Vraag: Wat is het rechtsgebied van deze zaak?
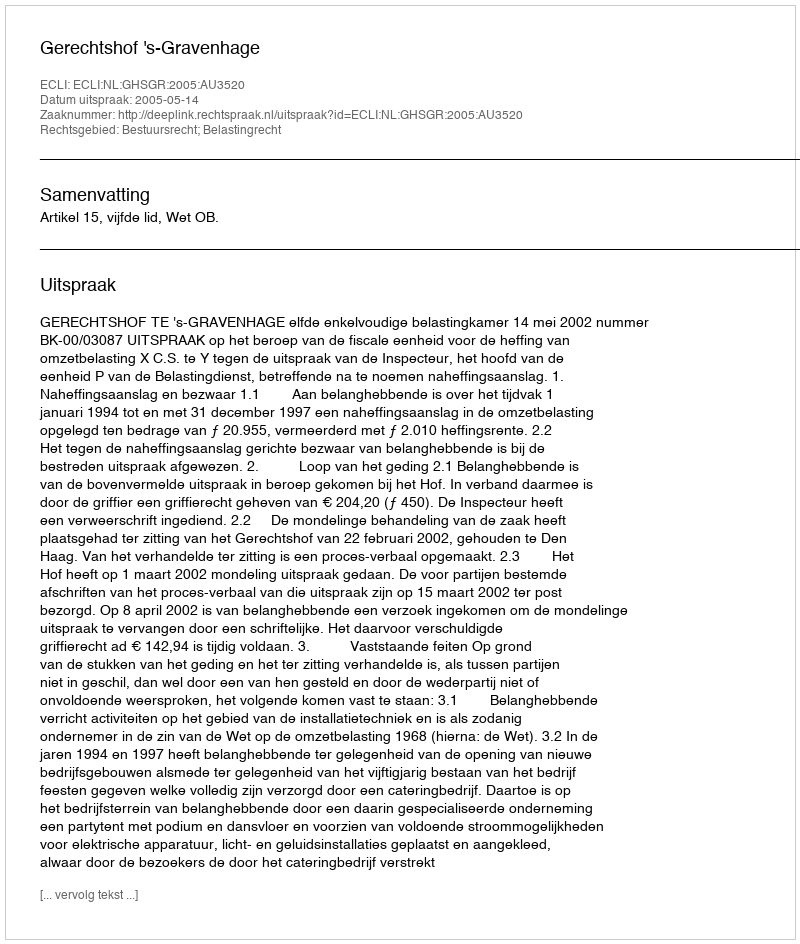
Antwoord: Bestuursrecht; Belastingrecht